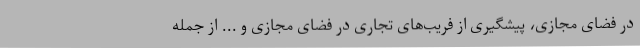
در فضای مجازی، پیشگیری از فریب‌های تجاری در فضای مجازی و ... از جمله